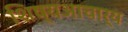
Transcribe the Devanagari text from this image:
शिष्यआचार्य